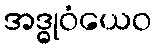
အဒ္ဓုဝံယေဝ